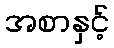
အစာနှင့်